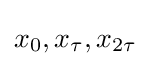
x_{0},x_{\tau },x_{2\tau }